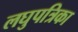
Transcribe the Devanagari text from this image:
लघुपत्रिका